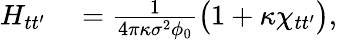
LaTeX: \begin{array}{rl}{H_{tt^{\prime}}}&{{}=\frac{1}{4\pi\kappa\sigma^{2}\phi_{0}}\big(1+\kappa\chi_{tt^{\prime}}\big),}\end{array}